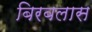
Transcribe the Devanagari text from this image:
बिरबलास